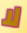
لا